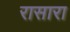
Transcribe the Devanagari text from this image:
रासारा